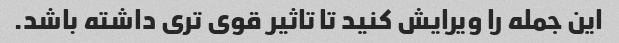
این جمله را ویرایش کنید تا تاثیر قوی تری داشته باشد.